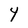
Character: 4